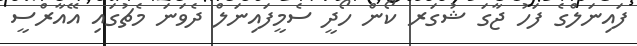
ފައިނަލްގެ ފަހު ޖާގަ ޝުގަރ ކޯން ހޯދީ ސެމީފައިނަލް ދެވަނަ މެޗުގައި އޭއާރްސީ